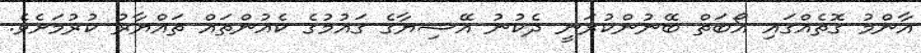
އާންމު ގޮތެއްގައި އޯބަތް ބޭނުންކުރަނީ ދެކުނު އޭޝިޔާގެ ގައުމުގެ ކެއުންތައް ތައްޔާރު ކުރުމަށެވެ.